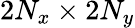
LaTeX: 2N_{x}\times 2N_{y}